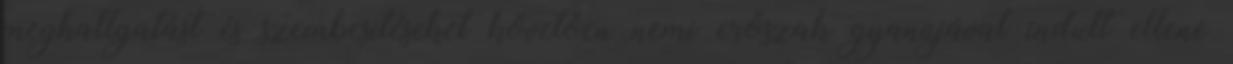
meghallgatást és szembesítéseket követően nemi erőszak gyanújával indult ellene